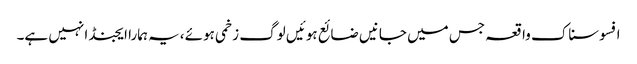
افسوسناک واقعہ جس میں جانیں ضائع ہوئیں لوگ زخمی ہوئے ،یہ ہمارا ایجنڈا نہیں ہے۔